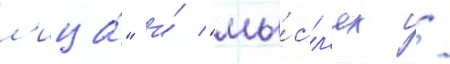
л'ица́" и́ "мы́сл'ях /